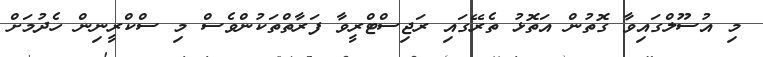
މި އުސޫލްގައިވާ ގޮތުން އަތޮޅު ތެރޭގައި ރަޖިސްޓްރީވާ ފަރާތްތަކުންވެސް މި ސްކްރީނިން ހެދުމަށް